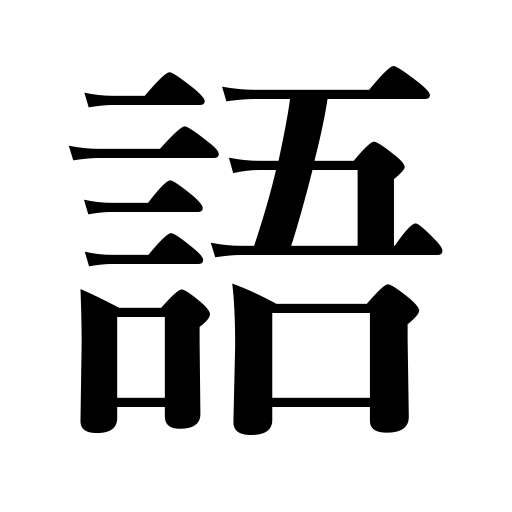
Meanings: tell,recite,language,term,speech,narrate,entice,invite,talk,win,pledge one's troth,word,conspire with,chat